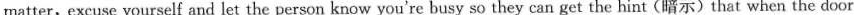
matter,excuse yourself and let the person know you're busy so they can get the hint(暗示)that when the door